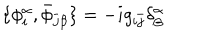
LaTeX: \{ \phi _ { i } ^ { \alpha } , \bar { \phi } _ { \bar { j } \beta } \} = - i g _ { i \bar { j } } \delta _ { \beta } ^ { \alpha }